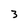
Character: 3